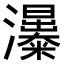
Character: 𤄗